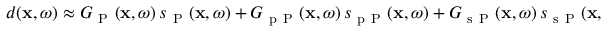
\begin{array} { r } { d ( \mathbf { x } , \omega ) \approx G _ { \mathrm { ~ P ~ } } ( \mathbf { x } , \omega ) \, s _ { \mathrm { ~ P ~ } } ( \mathbf { x } , \omega ) + G _ { \mathrm { ~ p ~ P ~ } } ( \mathbf { x } , \omega ) \, s _ { \mathrm { ~ p ~ P ~ } } ( \mathbf { x } , \omega ) + G _ { \mathrm { ~ s ~ P ~ } } ( \mathbf { x } , \omega ) \, s _ { \mathrm { ~ s ~ P ~ } } ( \mathbf { x } , \omega ) + \cdots . } \end{array}